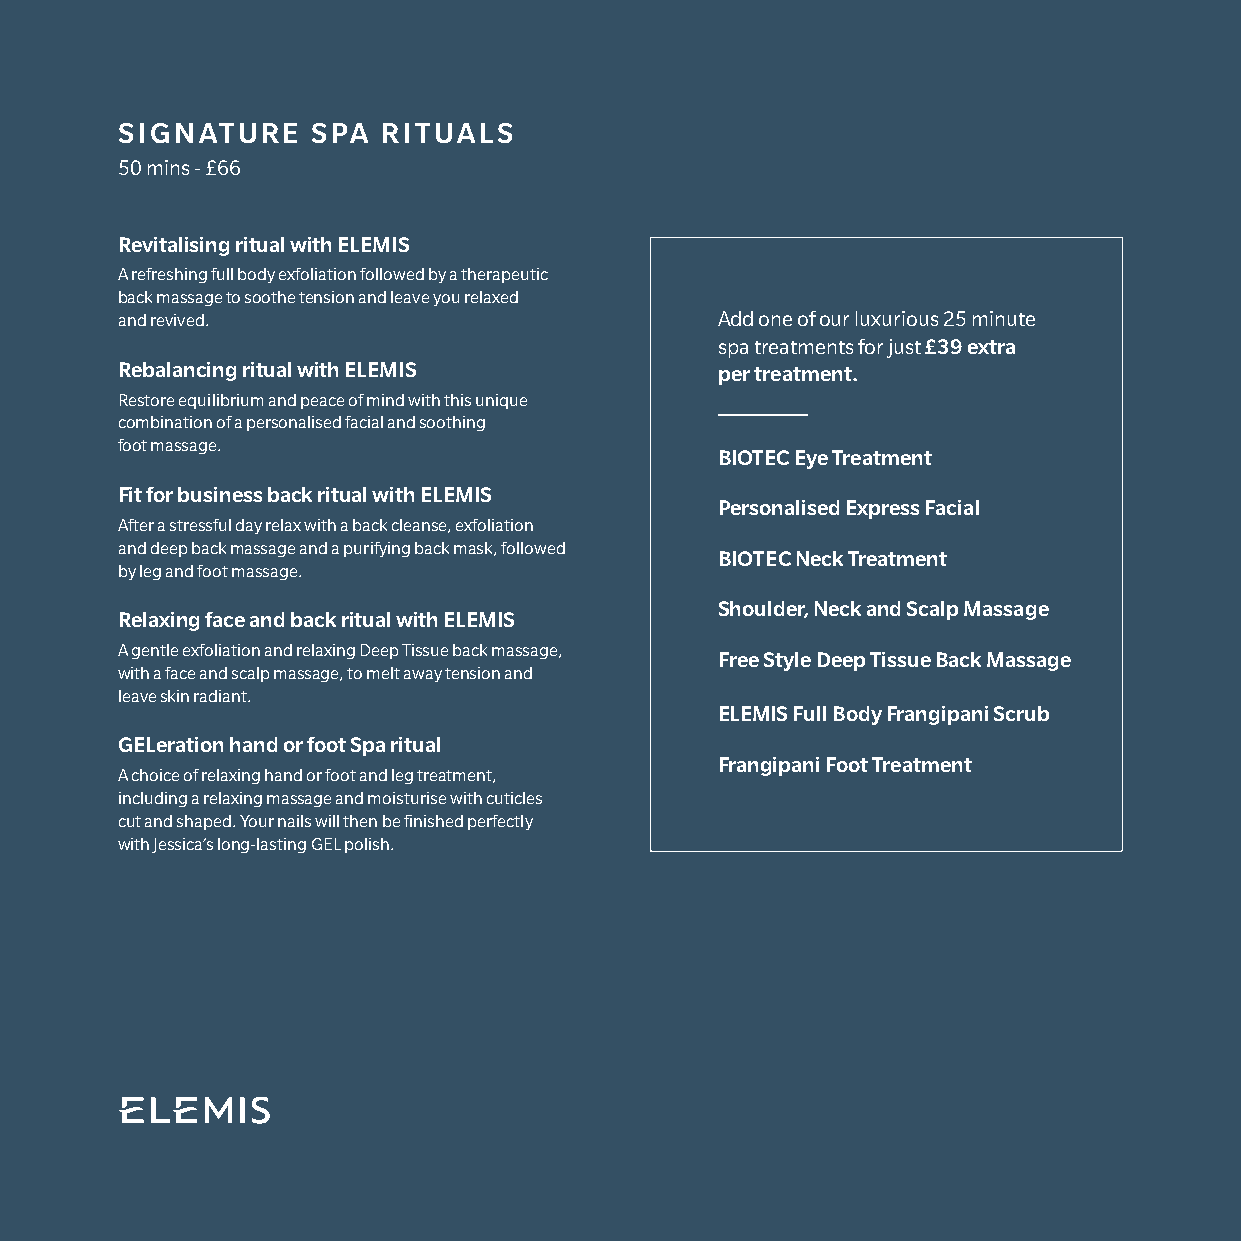
SIGNATURE    SPA RITUALS
 50 mins - £66
 Revitalising ritual with ELEMIS
 A refreshing full body exfoliation followed by a therapeutic
 back massage to soothe tension and leave you relaxed
 and revived.                           Add one of our luxurious 25 minute
 spa treatments for just £39 extra
 Rebalancing ritual with ELEMIS         per treatment.
 Restore equilibrium and peace of mind with this unique
 combination of a personalised facial and soothing
 foot massage.
 BIOTEC Eye Treatment
 Fit for business back ritual with ELEMIS
 Personalised Express Facial
 After a stressful day relax with a back cleanse, exfoliation
 and deep back massage and a purifying back mask, followed
 BIOTEC Neck Treatment
 by leg and foot massage.
 Shoulder, Neck and Scalp Massage
 Relaxing face and back ritual with ELEMIS
 A gentle exfoliation and relaxing Deep Tissue back massage,
 Free Style Deep Tissue Back Massage
 with a face and scalp massage, to melt away tension and
 leave skin radiant.
 ELEMIS Full Body Frangipani Scrub
 GELeration hand or foot Spa ritual
 Frangipani Foot Treatment
 A choice of relaxing hand or foot and leg treatment,
 including a relaxing massage and moisturise with cuticles
 cut and shaped. Your nails will then be finished perfectly
 with Jessica’s long-lasting GEL polish.